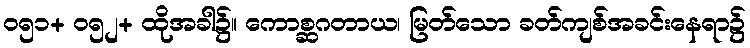
၀၅၁+ ၀၅၂+ ထိုအခါ၌။ ကောစ္ဆဂတာယ၊ မြတ်သော ခတ်ကျစ်အခင်းနေရာ၌